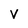
Character: V